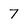
Character: 7